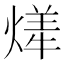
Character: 㷣